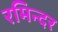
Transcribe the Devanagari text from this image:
रमिन्दर